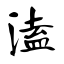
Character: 溘